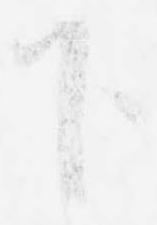
下